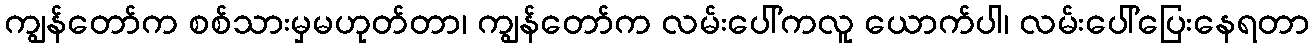
ကျွန်တော်က စစ်သားမှမဟုတ်တာ၊ ကျွန်တော်က လမ်းပေါ်ကလူ ယောက်ပါ၊ လမ်းပေါ်ပြေးနေရတာ